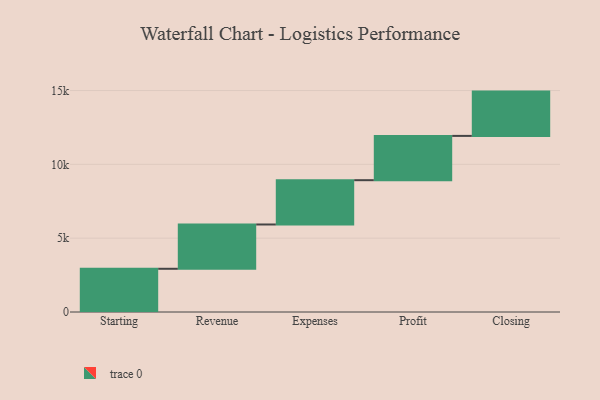
{"axis": {"x": "Step", "y": "Value"}, "legend": [""], "data": [{"x": "Starting", "y": 2927.0, "type": ""}, {"x": "Revenue", "y": 3000, "type": ""}, {"x": "Expenses", "y": 3000, "type": ""}, {"x": "Profit", "y": 3000, "type": ""}, {"x": "Closing", "y": 3000, "type": ""}]}